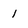
Character: 1